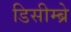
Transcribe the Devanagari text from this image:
डिसीम्ब्रे